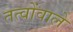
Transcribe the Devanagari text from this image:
तत्वोंवाले